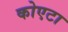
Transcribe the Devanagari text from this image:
कोएटा